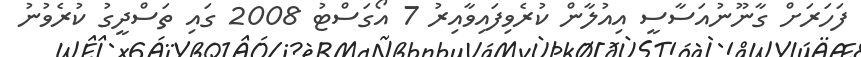
ފަހަރަށް ގާނޫނުއަސާސީ އިއުލާން ކުރެވިފައިވާއިރު 7 އޯގަސްޓު 2008 ގައި ތަސްދީގު ކުރެވުނު